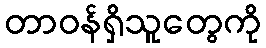
တာဝန်ရှိသူတွေကို